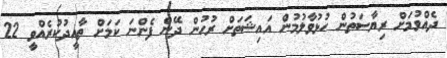
ދެއްވުމަށް ރިޔާސަތުން ހުޅުވާލުމުން އައިޝަތަށް ރުހުން ދޭން ފެންނަ ކަމަށް ތާއީދުކުރެއްވީ 22